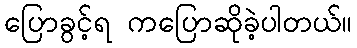
ပြောခွင့်ရ ကပြောဆိုခဲ့ပါတယ်။